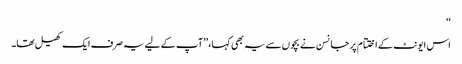
‘‘
اس ایونٹ کے اختتام پر جانسن نے بچوں سے یہ بھی کہا، ’’آپ کے لیے یہ صرف ایک کھیل تھا۔